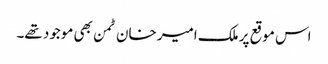
اس موقع پر ملک امیر خان ٹمن بھی موجود تھے۔